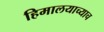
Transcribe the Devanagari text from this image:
हिमालयाच्याच